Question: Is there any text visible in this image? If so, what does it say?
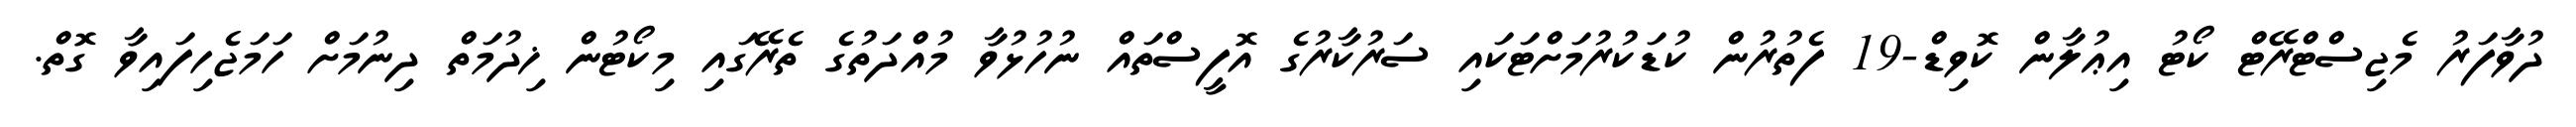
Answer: ދުވާފަރު މެޖިސްޓްރޭޓް ކޯޓު އިޢުލާން ކޮވިޑް-19 ފެތުރުން ކުޑަކުރުމަށްޓަކައި ސަރުކާރުގެ އޮފީސްތައް ނުހުޅުވާ މުއްދަތުގެ ތެރޭގައި މިކޯޓުން ޚިދުމަތް ދިނުމަށް ހަމަޖެހިފައިވާ ގޮތް.